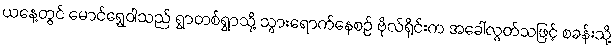
ယနေ့တွင် မောင်ရွှေဝါသည် ရွာတစ်ရွာသို့ သွားရောက်နေစဉ် ဗိုလ်ရိုင်းက အခေါ်လွတ်သဖြင့် စခန်းသို့